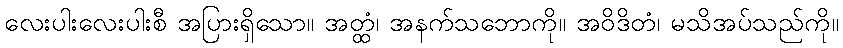
လေးပါးလေးပါးစီ အပြားရှိသော။ အတ္ထံ၊ အနက်သဘောကို။ အဝိဒိတံ၊ မသိအပ်သည်ကို။